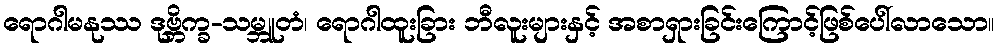
ရောဂါမနုဿ ဒုဗ္ဘိက္ခ-သမ္ဘူတံ၊ ရောဂါထူးခြား ဘီလူးများနှင့် အစာရှားခြင်းကြောင့်ဖြစ်ပေါ်လာသော။